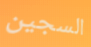
السجين